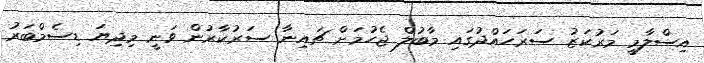
އިސްލާމީ މަރުކަޒު ސަރަހައްދުގައި މާބުލް ޖެހުމަށް ޗައިނާ ސަރުކާރުން ވަނީ މިދިޔަ ޑިސެމްބަރު